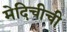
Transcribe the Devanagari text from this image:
मेदिचीची